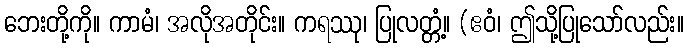
ဘေးတို့ကို။ ကာမံ၊ အလိုအတိုင်း။ ကရဿု၊ ပြုလတ္တံ့။ (ဧဝံ၊ ဤသို့ပြုသော်လည်း။